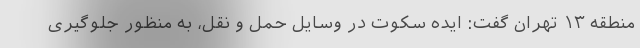
منطقه ۱۳ تهران گفت: ایده سکوت در وسایل حمل و نقل، به منظور جلوگیری